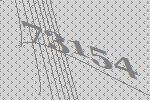
73154